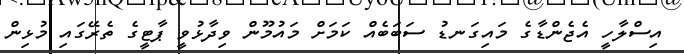
އިސްލާހީ އެޖެންޑާގެ މައިގަނޑު ސަބަބެއް ކަމަށް މައުމޫން ވިދާޅުވީ ޕާޓީގެ ތެރޭގައި މުޅިން